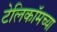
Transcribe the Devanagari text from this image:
टेलिकॉमच्या